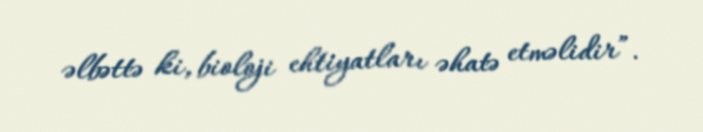
əlbəttə ki, bioloji ehtiyatları əhatə etməlidir”.